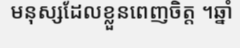
មនុស្សដែលខ្លួនពេញចិត្ត ។ឆ្នាំ